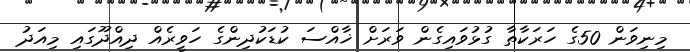
މިނިވަން 50ގެ ހަރަކާތާ ގުޅުވައިގެން ވަރަށް ޚާއްސަ ކުޑަކުދިންގެ ހަވީރެއް ދިއްދޫގައި މިއަދު